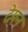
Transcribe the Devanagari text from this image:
देमन